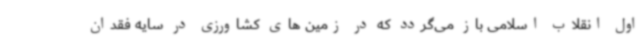
اول انقلاب اسلامی باز می‌گردد که در زمین های کشاورزی در سایه فقدان